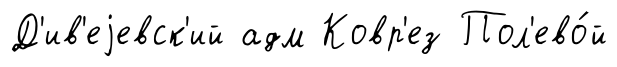
Д'ив'еjевск'ий адм Ковр'ез Пол'ево́й